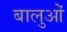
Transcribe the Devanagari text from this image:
बालुओं